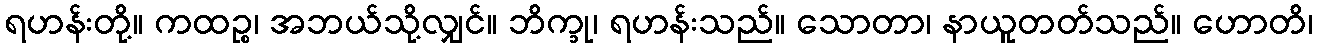
ရဟန်းတို့။ ကထဉ္စ၊ အဘယ်သို့လျှင်။ ဘိက္ခု၊ ရဟန်းသည်။ သောတာ၊ နာယူတတ်သည်။ ဟောတိ၊